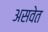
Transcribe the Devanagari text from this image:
असवेत